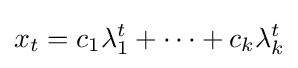
x_{t}=c_{1}\lambda _{1}^{t}+\cdots +c_{k}\lambda _{k}^{t}